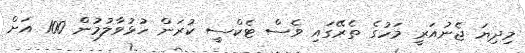
މިދިޔަ ޖެނުއަރީ މަހުގެ ތެރޭގައި ވެސް ޓެކްސީ ކުރަން ހުޅުވާލުމުން 100 އަށް